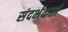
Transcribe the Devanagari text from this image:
संदर्भकर्ता